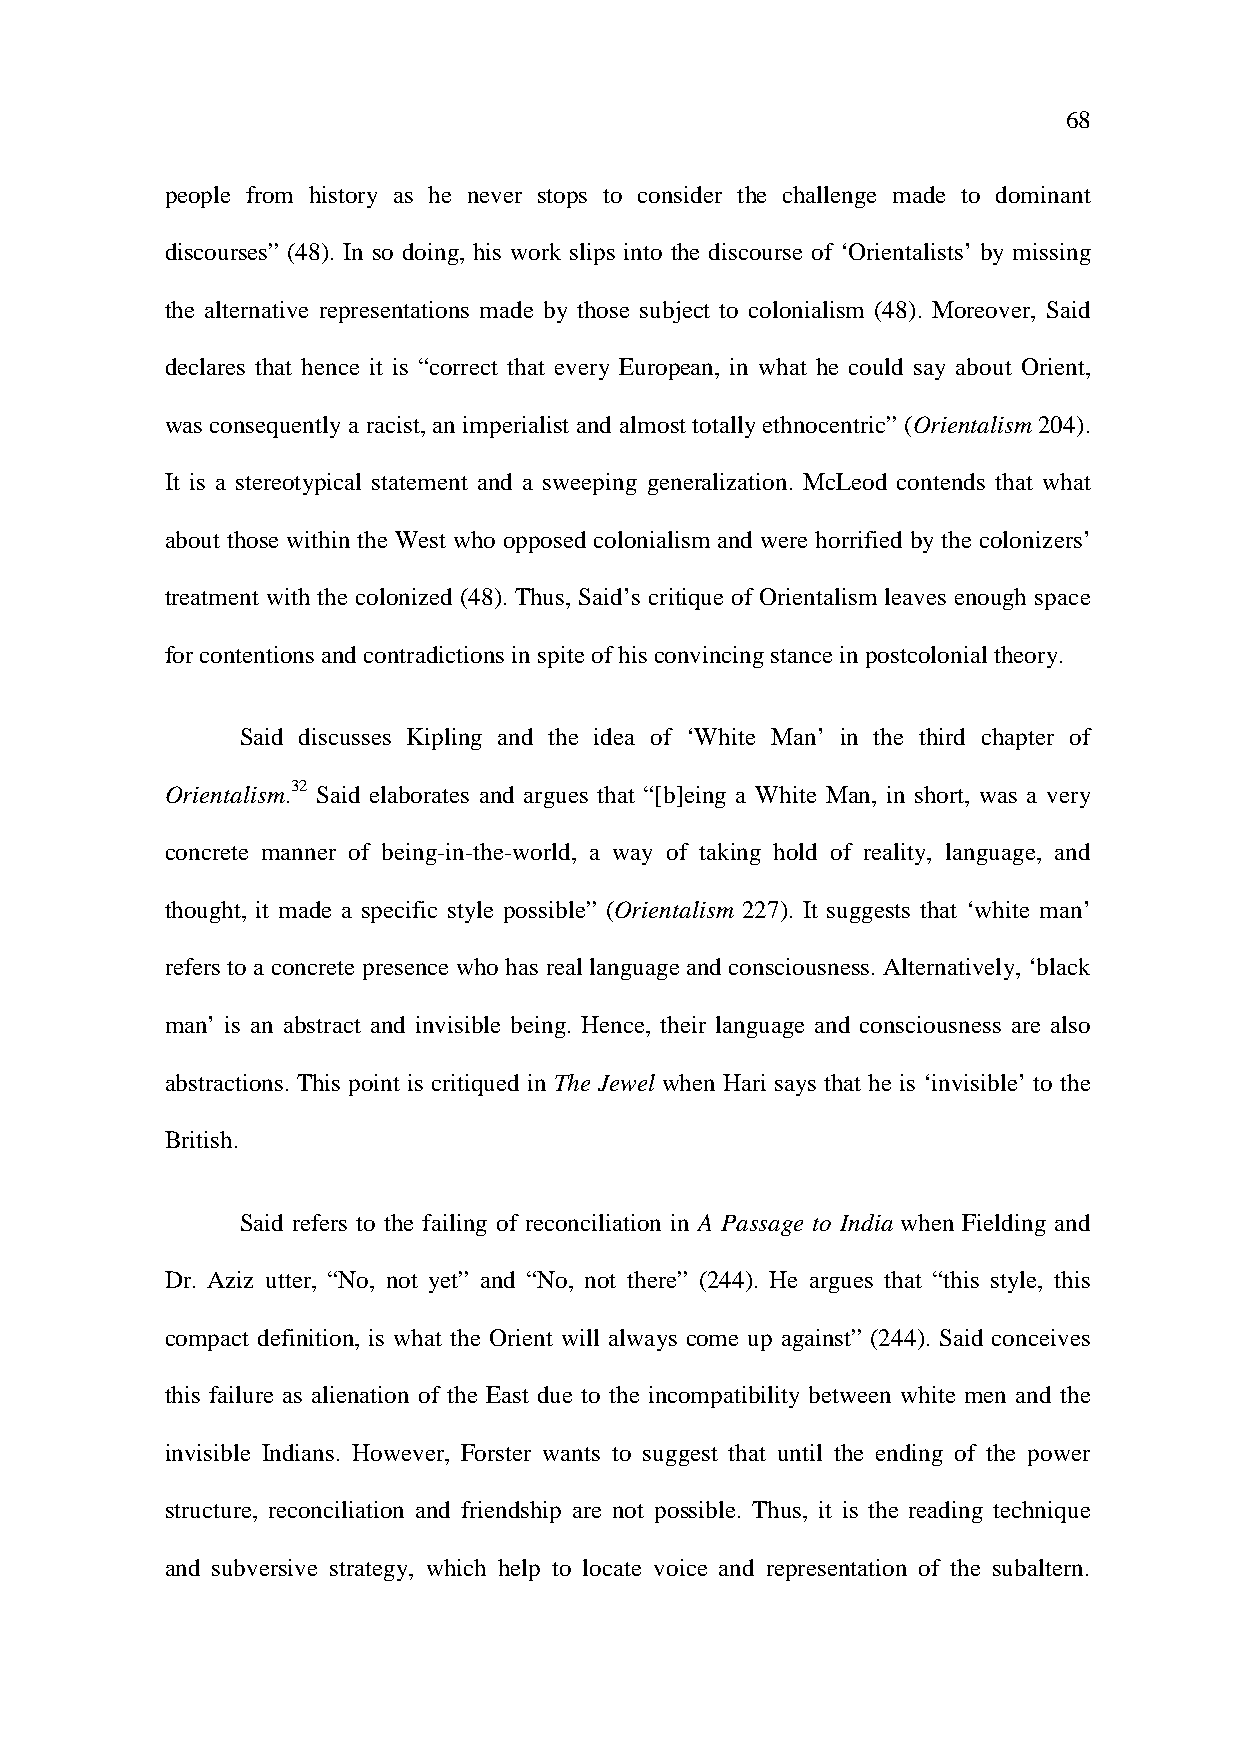
68
 people from history as he never stops to consider the challenge made to dominant
 discourses” (48). In so doing, his work slips into the discourse of ‘Orientalists’ by missing
 the alternative representations made by those subject to colonialism (48). Moreover, Said
 declares that hence it is “correct that every European, in what he could say about Orient,
 was consequently a racist, an imperialist and almost totally ethnocentric” (Orientalism 204).
 It is a stereotypical statement and a sweeping generalization. McLeod contends that what
 about those within the West who opposed colonialism and were horrified by the colonizers’
 treatment with the colonized (48). Thus, Said’s critique of Orientalism leaves enough space
 for contentions and contradictions in spite of his convincing stance in postcolonial theory.
 Said discusses Kipling and the idea of ‘White Man’ in the third chapter of
 Orientalism.32 Said elaborates and argues that “[b]eing a White Man, in short, was a very
 concrete manner of being-in-the-world, a way of taking hold of reality, language, and
 thought, it made a specific style possible” (Orientalism 227). It suggests that ‘white man’
 refers to a concrete presence who has real language and consciousness. Alternatively, ‘black
 man’ is an abstract and invisible being. Hence, their language and consciousness are also
 abstractions. This point is critiqued in The Jewel when Hari says that he is ‘invisible’ to the
 British.
 Said refers to the failing of reconciliation in A Passage to India when Fielding and
 Dr. Aziz utter, “No, not yet” and “No, not there” (244). He argues that “this style, this
 compact definition, is what the Orient will always come up against” (244). Said conceives
 this failure as alienation of the East due to the incompatibility between white men and the
 invisible Indians. However, Forster wants to suggest that until the ending of the power
 structure, reconciliation and friendship are not possible. Thus, it is the reading technique
 and subversive strategy, which help to locate voice and representation of the subaltern.